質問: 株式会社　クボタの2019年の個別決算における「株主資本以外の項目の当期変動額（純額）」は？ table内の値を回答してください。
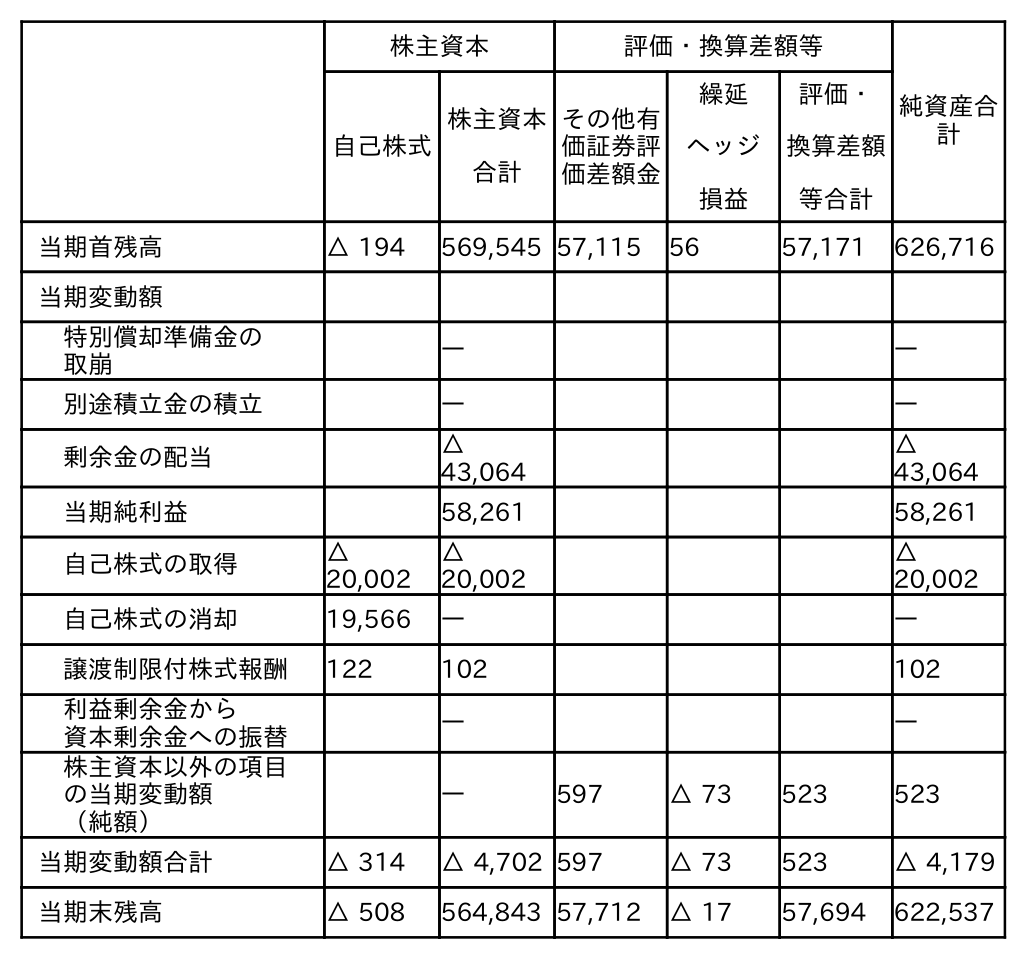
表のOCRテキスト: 株主資本 評価・換算差額等 純資産合 計 自己株式 株主資本 合計 その他有 価証券評 価差額金 繰延 ヘッジ 損益 評価・ 換算差額 等合計 当期首残高 △ 194 569,545 57,115 56 57,171 626,716 当期変動額 特別償却準備金の 取崩 ― ― 別途積立金の積立 ― ― 剰余金の配当 △ 43,064 △ 43,064 当期純利益 58,261 58,261 自己株式の取得 △ 20,002 △ 20,002 △ 20,002 自己株式の消却 19,566 ― ― 譲渡制限付株式報酬 122 102 102 利益剰余金から 資本剰余金への振替 ― ― 株主資本以外の項目 の当期変動額 （純額） ― 597 △ 73 523 523 当期変動額合計 △ 314 △ 4,702 597 △ 73 523 △ 4,179 当期末残高 △ 508 564,843 57,712 △ 17 57,694 622,537
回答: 523